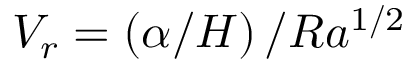
V _ { r } = \left( \alpha / H \right) / R a ^ { 1 / 2 }